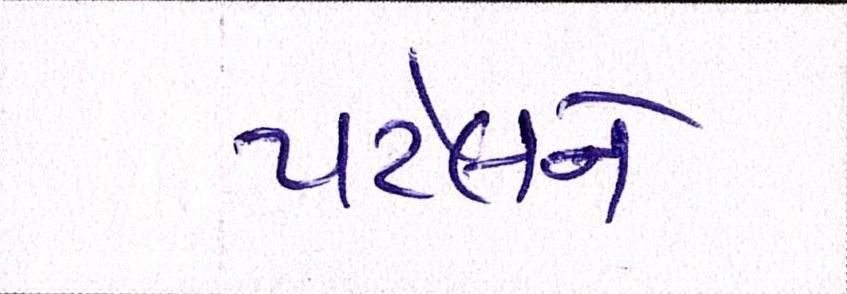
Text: પટેલને